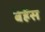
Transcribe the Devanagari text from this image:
बेह्रेंस